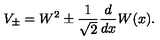
V _ { \pm } = W ^ { 2 } \pm \frac { 1 } { \sqrt { 2 } } \frac { d } { d x } W ( x ) .